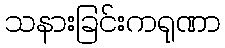
သနားခြင်းကရုဏာ